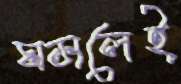
ঘসলেই